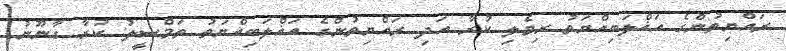
ރައްޔިތުންގެ އަޣްލަބިއްޔަތު ރިވެލި ކުރާ އަދި ރައްޔިތުންގެ އަޣްލަބިއްޔަތު ތަމްސީލު ކުރާ ގާނޫނު